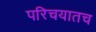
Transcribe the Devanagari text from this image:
परिचयातच